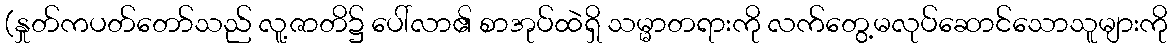
(နှုတ်ကပတ်တော်သည် လူ့ဇာတိ၌ ပေါ်လာ၏ စာအုပ်ထဲရှိ သမ္မာတရားကို လက်တွေ့မလုပ်ဆောင်သောသူများကို